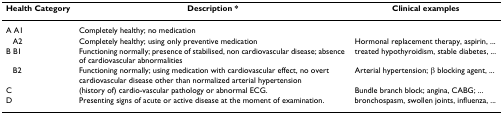
<table><thead><tr><td><b>Health Category</b></td><td><b>Description *</b></td><td><b>Clinical examples</b></td></tr></thead><tbody><tr><td>A A1</td><td>Completely healthy; no medication</td><td></td></tr><tr><td>A2</td><td>Completely healthy; using only preventive medication</td><td>Hormonal replacement therapy, aspirin, ...</td></tr><tr><td>B B1</td><td>Functioning normally; presence of stabilised, non cardiovascular disease; absence of cardiovascular abnormalities</td><td>treated hypothyroidism, stable diabetes, ...</td></tr><tr><td>B2</td><td>Functioning normally; using medication with cardiovascular effect, no overt cardiovascular disease other than normalized arterial hypertension</td><td>Arterial hypertension; β blocking agent, ...</td></tr><tr><td>C</td><td>(history of) cardio-vascular pathology or abnormal ECG.</td><td>Bundle branch block; angina, CABG; ...</td></tr><tr><td>D</td><td>Presenting signs of acute or active disease at the moment of examination.</td><td>bronchospasm, swollen joints, influenza, ...</td></tr></tbody></table>